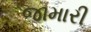
જામારી